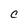
Character: c